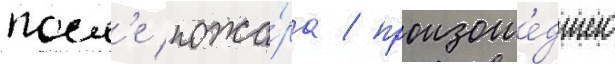
посл'е пожа́ра / произоше́дшего